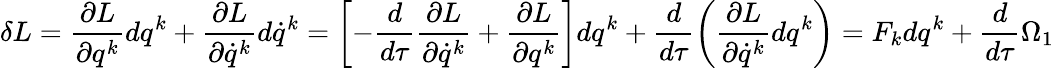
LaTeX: \delta L=\frac{\partial L}{\partial q^{k}}dq^{k}+\frac{\partial L}{\partial\dot{q}^{k}}d\dot{q}^{k}=\left[-\frac{d}{d\tau}\frac{\partial L}{\partial\dot{q}^{k}}+\frac{\partial L}{\partial q^{k}}\right]dq^{k}+\frac{d}{d\tau}\left(\frac{\partial L}{\partial\dot{q}^{k}}dq^{k}\right)=F_{k}dq^{k}+\frac{d}{d\tau}\Omega_{1}